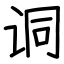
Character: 𫍣